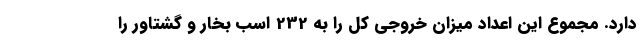
دارد. مجموع این اعداد میزان خروجی کل را به 232 اسب بخار و گشتاور را